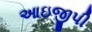
આઇજીપી